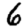
Digit: 6